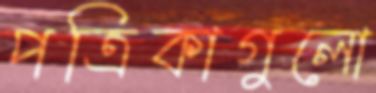
পত্রিকাগুলো